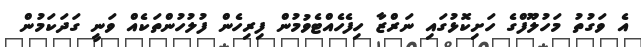
އެ ވަގުތު މަހުލޫފްގެ ހަށިކޮޅުގައި ނަރްޒާ ހިފެހެއްޓެވުމުން ފިރިހެން ފުލުހުންތަކެއް ވަނީ ގަދަކަމުން